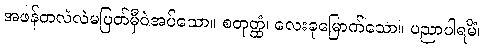
အဖန်တလဲလဲမပြတ်မှီဝဲအပ်သော။ စတုတ္ထံ၊ လေးခုမြောက်သော။ ပညာပါရမိံ၊